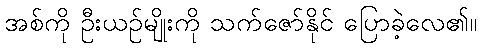
အစ်ကို ဦးယဉ်မျိုးကို သက်ဇော်နိုင် ပြောခဲ့လေ၏။